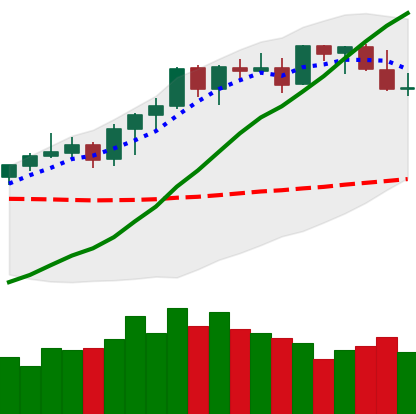
Ticker: ETH-USD
Chart end date: 2021-08-18
Forward return: 9.906%
Label: up_7plus